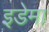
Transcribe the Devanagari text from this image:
इडेमा